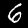
Label: 6